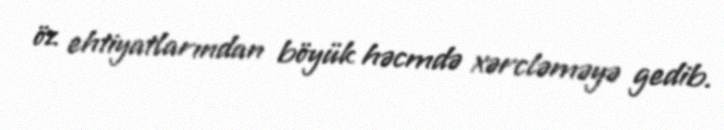
öz ehtiyatlarından böyük həcmdə xərcləməyə gedib.